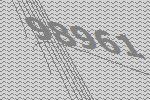
98961